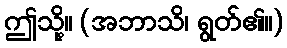
ဤသို့။ (အဘာသိ၊ ရွတ်၏။)